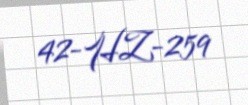
42-HZ-259